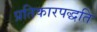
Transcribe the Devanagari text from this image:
प्रतिकारपद्धति